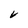
Character: V